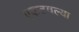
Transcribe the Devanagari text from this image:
एकटवल्या